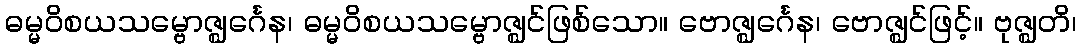
ဓမ္မဝိစယသမ္ဗောဇ္ဈင်္ဂေန၊ ဓမ္မဝိစယသမ္ဗောဇ္ဈင်ဖြစ်သော။ ဗောဇ္ဈင်္ဂေန၊ ဗောဇ္ဈင်ဖြင့်။ ဗုဇ္ဈတိ၊